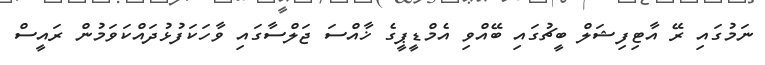
ނަމުގައި ރޭ އާޓިފިޝަލް ބީޗުގައި ބޭއްވި އެމްޑީޕީގެ ޚާއްސަ ޖަލްސާގައި ވާހަކަފުޅުދައްކަވަމުން ރައީސް